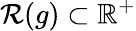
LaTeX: \mathcal{R}(g)\subset\mathbb{R}^{+}